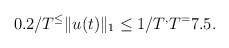
\begin{align*}0.2/T^ \leq \|u(t)\|_1 \leq 1/T^, T^=7.5.\end{align*}